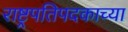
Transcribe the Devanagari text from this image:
राष्ट्रपतिपदकाच्या